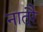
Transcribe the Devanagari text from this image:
नातूरै